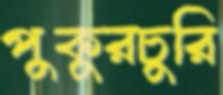
পুকুরচুরি